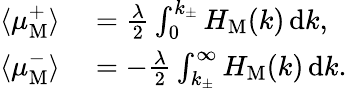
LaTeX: \begin{array}{rl}{\langle\mu_{\mathrm{M}}^{+}\rangle}&{{}=\frac{\lambda}{2}\int_{0}^{k_{\pm}}H_{\mathrm{M}}(k)\, \mathrm{d}{}k,}\\ {\langle\mu_{\mathrm{M}}^{-}\rangle}&{{}=-\frac{\lambda}{2}\int_{k_{\pm}}^{\infty}H_{\mathrm{M}}(k)\, \mathrm{d}{}k.}\end{array}